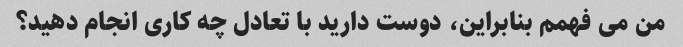
من می فهمم بنابراین، دوست دارید با تعادل چه کاری انجام دهید؟